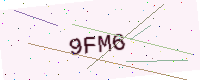
Text: 9FM6